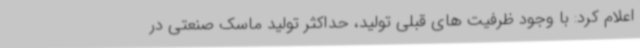
اعلام کرد: با وجود ظرفیت های قبلی تولید، حداکثر تولید ماسک صنعتی در